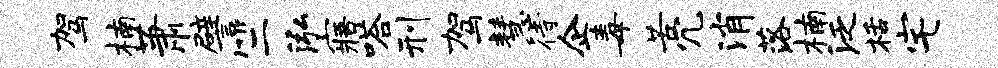
驾楠萧譬竺泓寤嗒刑驾慧待企毒苦冗消落楠泛栝宅